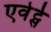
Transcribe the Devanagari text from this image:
एवेर्ट्स